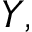
\boldsymbol { Y } ,